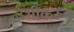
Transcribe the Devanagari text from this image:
उभीकरून